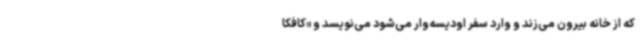
که از خانه بیرون می‌زند و وارد سفر اودیسه‌وار می‌شود می‌نویسد و «کافکا